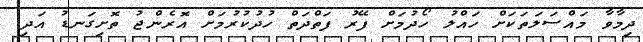
ދިމާވާ މައްސަަލަތަކަށް ހައްލު ހޯދުމަށް ފޭރު ފަތްދަތް ހުދުކުރުމަށް އޮރެންޖު ތޮށިގަނޑު އަދި